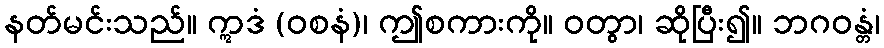
နတ်မင်းသည်။ ဣဒံ (ဝစနံ)၊ ဤစကားကို။ ဝတွာ၊ ဆိုပြီး၍။ ဘဂဝန္တံ၊